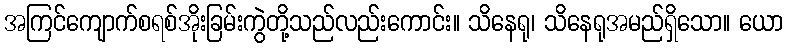
အကြင်ကျောက်စရစ်အိုးခြမ်းကွဲတို့သည်လည်းကောင်း။ သိနေရု၊ သိနေရုအမည်ရှိသော။ ယော